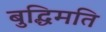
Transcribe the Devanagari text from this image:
बुद्धिमति